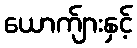
ယောက်ျားနှင့်